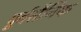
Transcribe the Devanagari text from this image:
पूर्वसैनिक